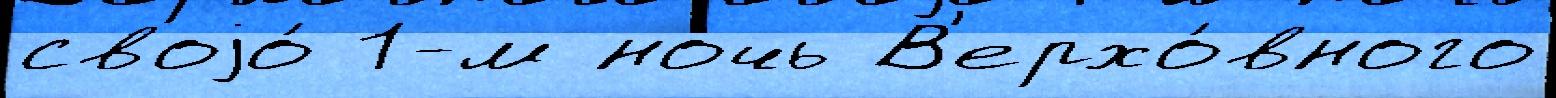
своjо́ 1-м ночь В'ерхо́вного